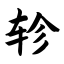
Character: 轸